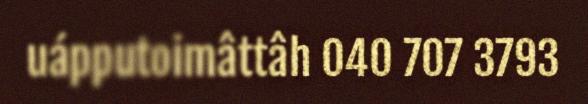
uápputoimâttâh 040 707 3793